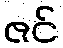
ဇင်